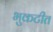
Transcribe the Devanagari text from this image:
भुकटीत